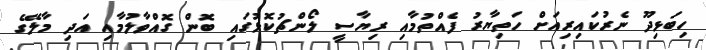
ހިބަޅިދޫ ނެރުކައިރިއަށް ހަތިޔާރު ފެއްތުމާއި ރިޔާސީ ލޯންޗުކޮޅުގައި ބޮން ގޮއްވާލުމާއި އަދި މާލޭގެ